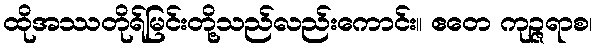
ထိုအဿတိုရ်မြင်းတို့သည်လည်းကောင်း။ ဧတေ ကုဉ္ဇရာစ၊